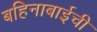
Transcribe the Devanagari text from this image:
बहिनाबाईची